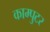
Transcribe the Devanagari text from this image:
काम्पुटर